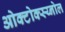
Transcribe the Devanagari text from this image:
ओक्टोक्स्य्नोल